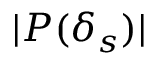
| P ( \delta _ { s } ) |